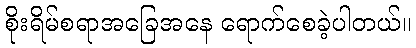
စိုးရိမ်စရာအခြေအနေ ရောက်စေခဲ့ပါတယ်။